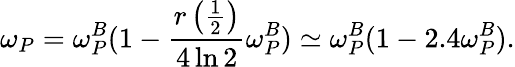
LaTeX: \omega_{P}=\omega_{P}^{B}(1-\frac{r\left(\frac 12\right)}{4\ln 2}\omega_{P}^{B})\simeq\omega_{P}^{B}(1-2.4\omega_{P}^{B}).